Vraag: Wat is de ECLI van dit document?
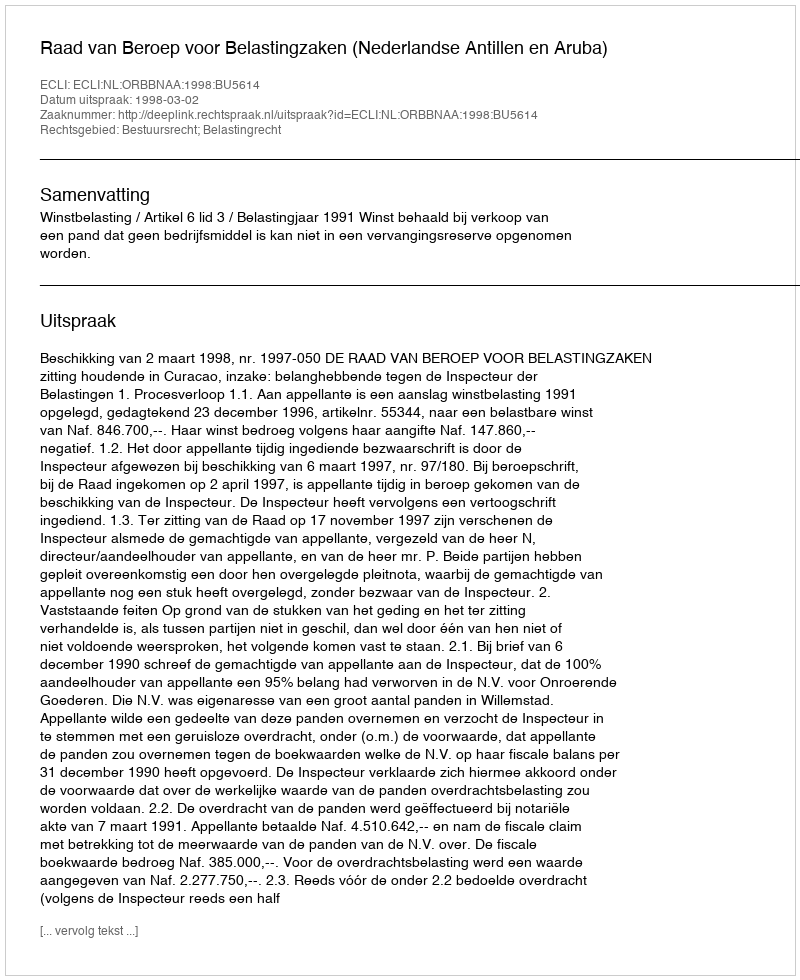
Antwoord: ECLI:NL:ORBBNAA:1998:BU5614